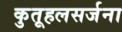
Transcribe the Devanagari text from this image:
कुतूहलसर्जना